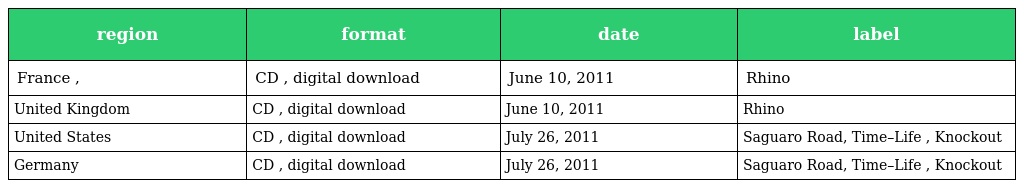
| region | format | date | label |
 | --- | --- | --- | --- |
 | France , | CD , digital download | June 10, 2011 | Rhino |
 | United Kingdom | CD , digital download | June 10, 2011 | Rhino |
 | United States | CD , digital download | July 26, 2011 | Saguaro Road, Time–Life , Knockout |
 | Germany | CD , digital download | July 26, 2011 | Saguaro Road, Time–Life , Knockout |